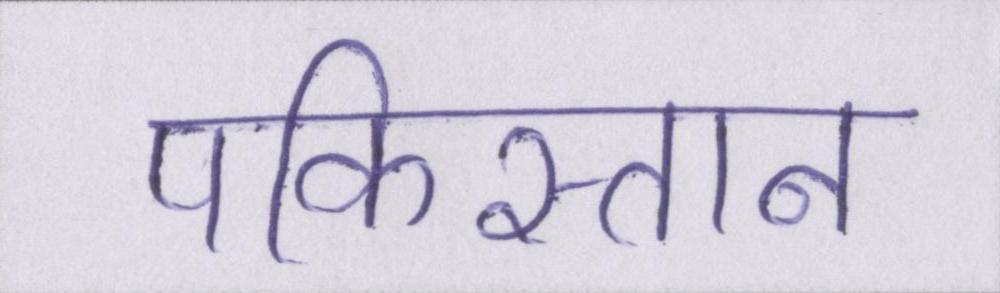
पकिस्तान